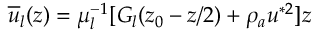
\overline { { u } } _ { l } ( z ) = \mu _ { l } ^ { - 1 } [ G _ { l } ( z _ { 0 } - z / 2 ) + \rho _ { a } u ^ { * 2 } ] z